Report on malaria in the Punjab during the year ...  together with an account of the work of the Punjab Malaria Bureau - Volume 4
Disease focus: Malaria
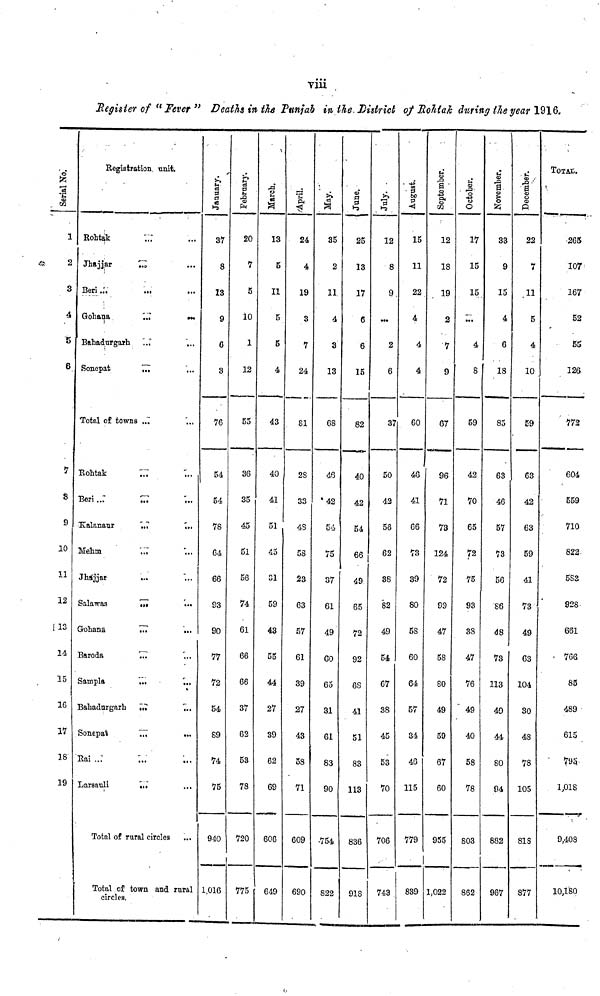
viii
Register of "Fever" Deaths in the Punjab in the District of Rohtak during the year 1916.
Serial
1
2
3
4
5
6
7
S
9
10
11
12
13
14
15
16
17
18
19
Registration, unit.
Rohtak
...
Jhajjar
...
Beri ...
Gohana
...
...
Bahadurgarh
...
Sonepat
...
Total of towns „7
Rohtak
...
...
Beri
...
...
...
Kalanaur
...
...
Mehm
...
Jhajjar
Salawas
...
...
Gohana
...
...
Baroda
...
Sampla
...
...
Bahadurgarh
...
...
Sonepat
...
...
Rai ...
Larsauli
...
Total of rural circles
Total of town and rural
circles.
January
37
8
13
9
6
3
76
54
54
78
64
66
93
90
77
72
54
S9
74
75
940
1,016
February
20
7
5
10
1
12
55
36
35
45
51
56
74
61
66
66
37
62
53
78
720
775
March
13
5
11
5
5
4
43
40
41
51
45
31
59
43
55
44
27
39
62
69
606
649
April
24
4
19
3
7
24
81
28
3°4
S
58
23
63
57
61
39
27
43
58
71
609
690
May
85
2
11
4
3
13
68
46
'42
54
75
37
61
49
60
65
31
61
83
90
•754
822
June.
25
13
17
6
6
15
82
40
42
54
66
49
65
72
92
68
41
51
83
113
836
918
July.
12
8
9
2
6
37
50
42
56
62
38
82
49
54
67
38
45
53
70
706
743
August.
15
11
22
4
4
4
60
46
41
66
73
39
80
58
60
64
57
34
46
115
779
839
September.
12
18
19
2
7
9
67
96
71
73
124
72
99
47
58
80
49
59
67
60
955
1,022
October.
17
15
15
77.
4
S
59
42
70
65
72
75
93
38
47
76
" 49
40
58
78
803
862
November
33
9
15
4
6
18
85
63
46
57
73
56
86
48
73
113
49
44
80
94
882
967
December
22
7
5
4
10
59
63
42
63
59
41
73
49
63
104
30
48
78
105
818
877
TOTAL.
265
107
167
52
126
772
604
559
710
822-
583
928
661
• 766
85
489
615
795
1,018
9,408
10,180